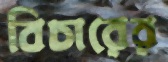
বিচারের